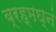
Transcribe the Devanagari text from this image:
ब्रह्मघ्नं